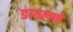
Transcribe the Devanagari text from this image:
डावलणे